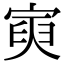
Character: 𡩟